Civil Veterinary Dept. Bombay admin report 1923-31 - 1923-1931
Year: 1923
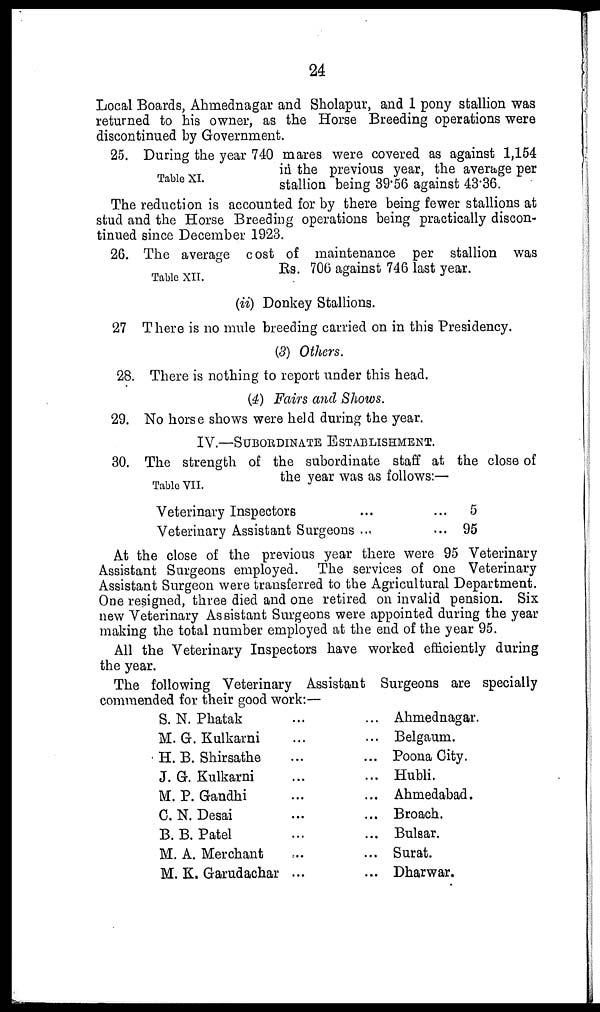
24
Local Boards, Ahmednagar and Sholapur, and 1 pony stallion was
returned to his owner, as the Horse Breeding operations were
discontinued by Government.
Table XI.
25. During the year 740 mares were covered as against 1,154
in the previous year, the average per
stallion being 39.56 against 43.36.
The reduction is accounted for by there being fewer stallions at
stud and the Horse Breeding operations being practically discon-
tinued since December 1923.
Table XII.
26. The average cost of maintenance per stallion was
Rs. 706 against 746 last year.
(ii) Donkey Stallions.
27 There is no mule breeding carried on in this Presidency.
(3) Others.
28. There is nothing to report under this head.
(4) Fairs and Shows.
29. No horse shows were held during the year.
IV.—SUBORDINATE ESTABLISHMENT.
Table VII.
30. The strength of the subordinate staff at the close of
the year was as follows:—
Veterinary Inspectors
Veterinary Assistant Surgeons
...
...
...
5
... 95
At the close of the previous year there were 95 Veterinary
Assistant Surgeons employed. The services of one Veterinary
Assistant Surgeon were transferred to the Agricultural Department.
One resigned, three died and one retired on invalid pension. Six
new Veterinary Assistant Surgeons were appointed during the year
making the total number employed at the end of the year 95.
All the Veterinary Inspectors have worked efficiently during
the year.
The following Veterinary Assistant Surgeons are specially
commended for their good work:—
S. N. Phatak
M. G. Kulkarni
H. B. Shirsathe
J. G. Kulkarni
M. P. Gandhi
C. N. Desai
B. B. Patel
M. A. Merchant
M. K. Garudachar
...
...
...
...
...
...
...
...
...
...
...
...
...
...
...
...
...
...
Ahmednagar.
Belgaum.
Poona City.
Hubli.
Ahmedabad.
Broach.
Bulsar.
Surat.
Dharwar.